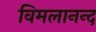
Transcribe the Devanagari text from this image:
विमलानन्द